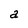
Character: a